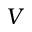
V